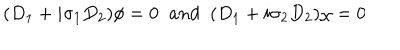
LaTeX: ( D _ { 1 } + i \sigma _ { 1 } D _ { 2 } ) \phi = 0 \; \; a n d \; \; ( D _ { 1 } + i \sigma _ { 2 } D _ { 2 } ) \chi = 0